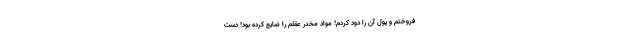
فروختم و پول آن را دود کردم! مواد مخدر عقلم را ضایع کرده بود! دست